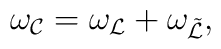
\omega_{\cal C}=\omega_{\cal L} + \omega_{\tilde {\cal L}},